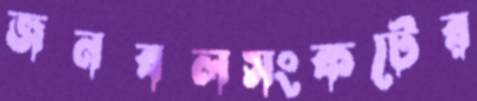
জনবলসংকটের